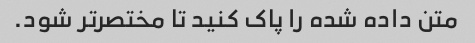
متن داده شده را پاک کنید تا مختصرتر شود.